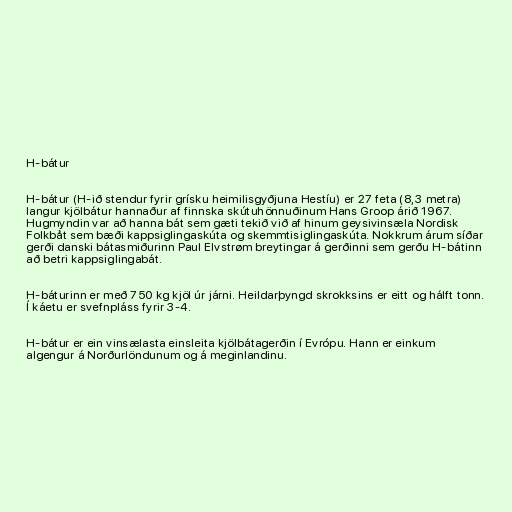
H-bátur

H-bátur (H-ið stendur fyrir grísku heimilisgyðjuna Hestíu) er 27 feta (8,3 metra)
langur kjölbátur hannaður af finnska skútuhönnuðinum Hans Groop árið 1967.
Hugmyndin var að hanna bát sem gæti tekið við af hinum geysivinsæla Nordisk
Folkbåt sem bæði kappsiglingaskúta og skemmtisiglingaskúta. Nokkrum árum síðar
gerði danski bátasmiðurinn Paul Elvstrøm breytingar á gerðinni sem gerðu H-bátinn
að betri kappsiglingabát.

H-báturinn er með 750 kg kjöl úr járni. Heildarþyngd skrokksins er eitt og hálft tonn.
Í káetu er svefnpláss fyrir 3-4.

H-bátur er ein vinsælasta einsleita kjölbátagerðin í Evrópu. Hann er einkum
algengur á Norðurlöndunum og á meginlandinu.